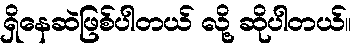
ရှိနေဆဲဖြစ်ပါတယ် လို့ ဆိုပါတယ်။